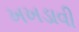
ખખડાવી